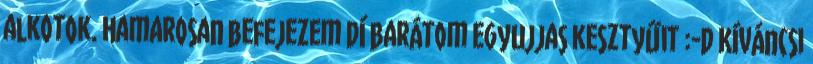
alkotok. Hamarosan befejezem Dí barátom egyujjas kesztyűit :-D Kíváncsi